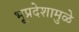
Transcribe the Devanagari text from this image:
भूप्रदेशामुळे